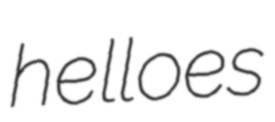
helloes